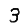
Digit: 3